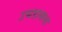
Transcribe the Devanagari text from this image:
उघडायला